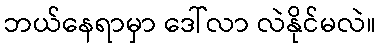
ဘယ်နေရာမှာ ဒေါ်လာ လဲနိုင်မလဲ။